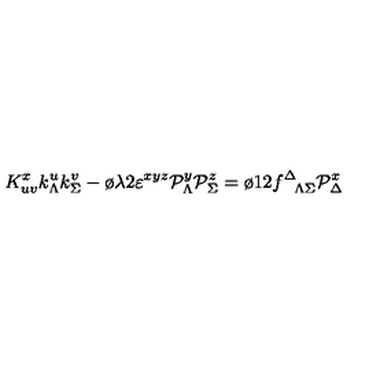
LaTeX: K _ { u v } ^ { x } k _ { \Lambda } ^ { u } k _ { \Sigma } ^ { v } - { \o { \lambda } { 2 } } \varepsilon ^ { x y z } { \cal P } _ { \Lambda } ^ { y } { \cal P } _ { \Sigma } ^ { z } = { \o { 1 } { 2 } } f _ { \phantom { \Delta } \Lambda \Sigma } ^ { \Delta } { \cal P } _ { \Delta } ^ { x }